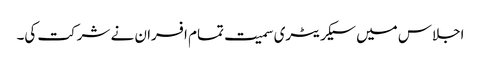
اجلاس میں سیکریٹری سمیت تمام افسران نے شرکت کی۔